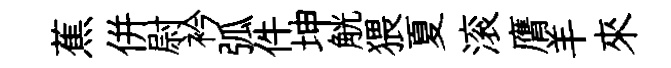
蕉併尉衿弧件坤觥猥夏滚膺羊來